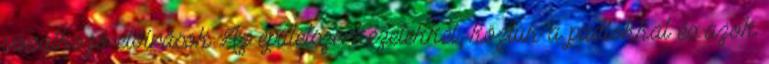
vonatkozó előírások Az épületszerkezetekkel, köztük a padlókkal és azok